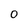
Character: 0